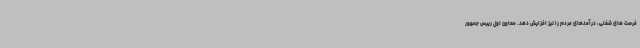
فرصت های شغلی، درآمدهای مردم را نیز افزایش دهد. معاون اول رییس جمهور